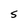
Character: S